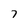
Character: 7